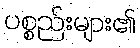
ပစ္စည်းများ၏